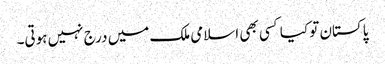
پاکستان تو کیا کسی بھی اسلامی ملک میں درج نہیں ہوتی۔